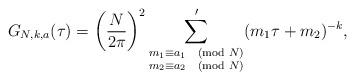
LaTeX: \begin{align*} G_{N,k,a}(\tau) = \left(\frac{N}{2\pi}\right)^2\sum'_{\substack{m_1 \equiv a_1 \pmod{N}\\ m_2 \equiv a_2 \pmod{N}}} (m_1\tau + m_2)^{-k},\end{align*}